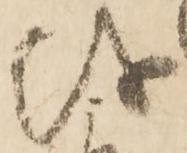
儀